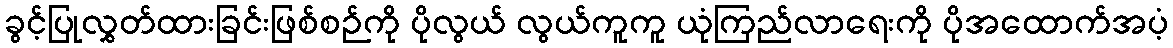
ခွင့်ပြုလွှတ်ထားခြင်းဖြစ်စဉ်ကို ပိုလွယ် လွယ်ကူကူ ယုံကြည်လာရေးကို ပိုအထောက်အပံ့